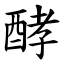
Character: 酵